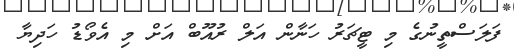
ފަލަސްތީނުގެ މި ޓީޗަރު ހަނާން އަލް ރުއޫބް އަށް މި އެވޯޑު ހަދިޔާ